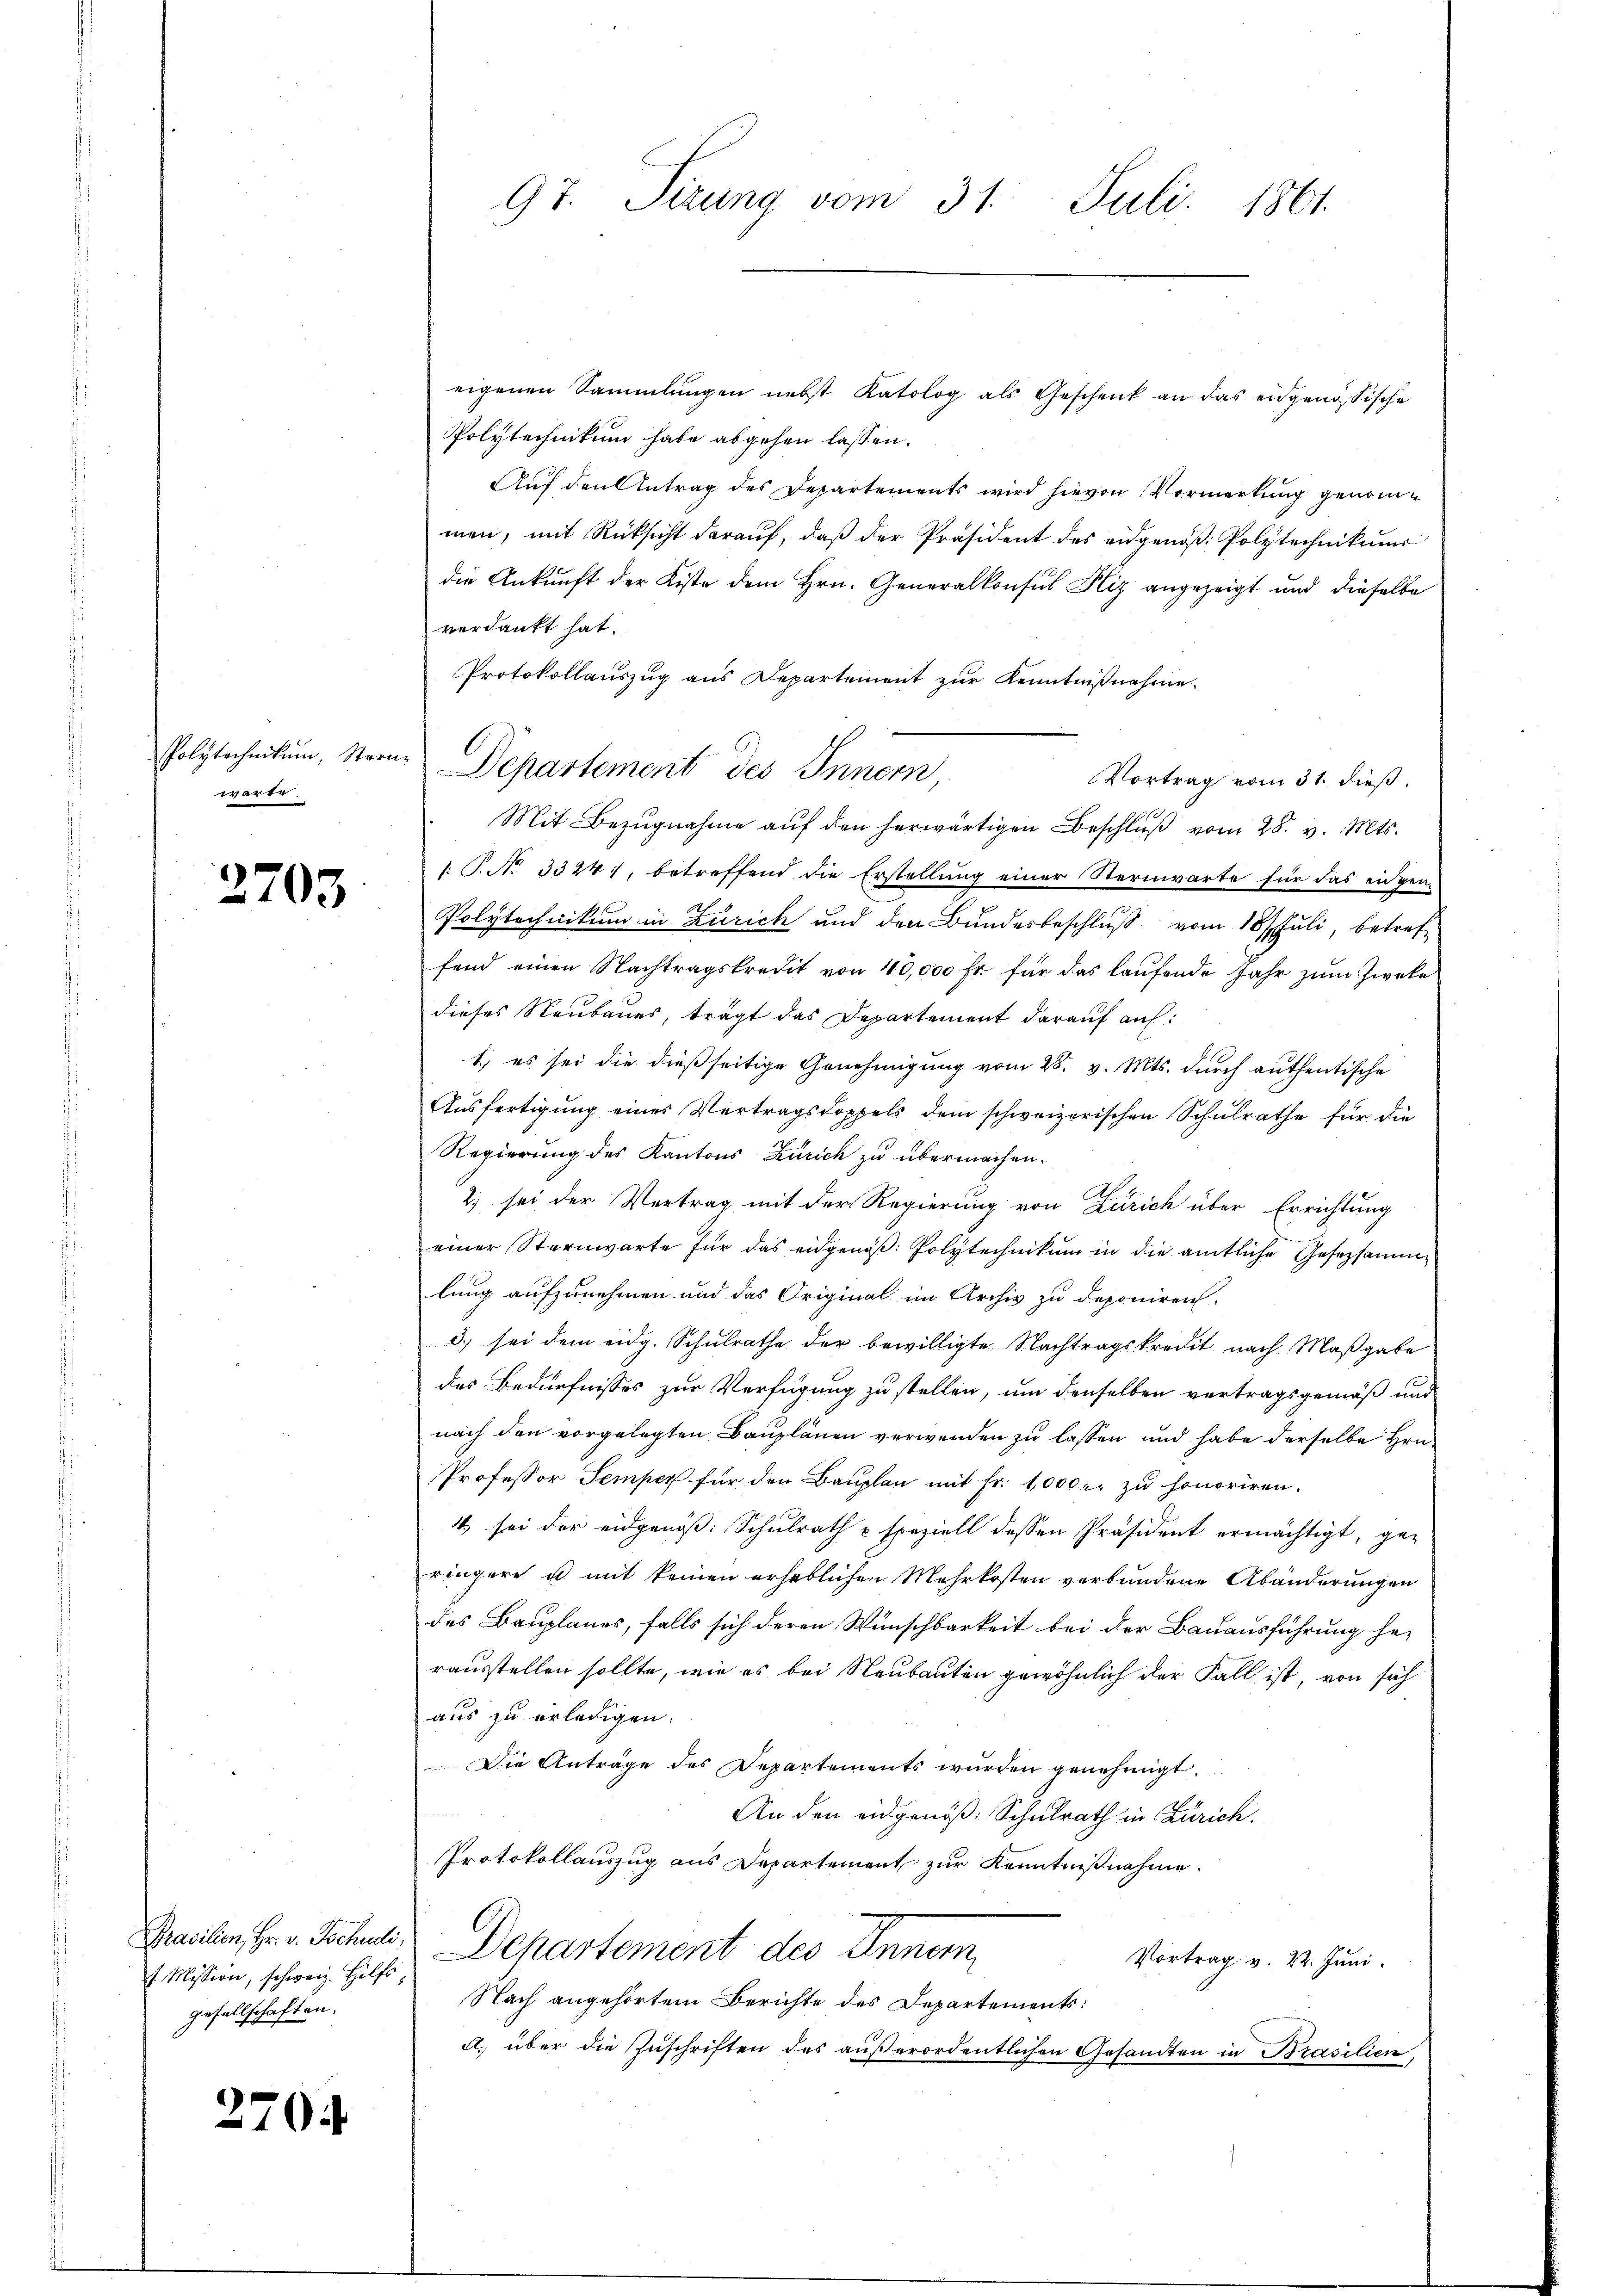
sfolgtercheidung, Ver
wärte.

2703.

Mission, schweiz. Hilfsgesellschaften.

2704

97. Sirung vom 31. Juli 1861.

eigenen Sammlungen nebst Katolog als Geschenk an das eidgenössische
Polytechnikum habe abgehen lassen.
Auf den Antrag des Departements wird hievon Vormerkung genomme
men, mit Rücksicht darauf, daß der Präsident des eidgenöß Polytechnikums
die Ankunft der Kiste dem Hrn. Generalkonsul Hiz angezeigt und dieselbe
verdankt hat.
Protokollauszug aus Departement zur Kenntnißnahme.
Vortrag vom 31. dieß.
Mit Bezŭgnahme aŭf den herwärtigen Beschlŭβ vom 28. v. Mts.
 T. No 3324), betreffend die Erstellung einer Sternwarte für das eidgen-
Polytechnikum in Zürich und den Bundesbeschluß vom 18 t Juli, betref
fend einen Nachtragskredit von 40,000 Fr. für das laufende Jahr zum Zweke
dieses Neubaues, trägt das Departement darauf auf:
1.) es sei die dießseitige Genehmigung vom 28. v. Mts. durch authentische
Ausfertigung eines Vertragsdoppels dem schweizerischen Schulrathe für die
Regierung des Kantons Zürich zu übermachen.
2) sei der Vertrag mit der Regierung von Zürich über Errichtung
einer Sternwarte für das eidgenöß: Polytechnikum in die amtliche Gesetzsammlung aufzunehmen und das Original im Archiv zu deponiren.
3.) sei dem eidg. Schulrathe der bewilligte Nachtragskredit nach Maßgabe
des Bedürfnisses zur Verfügung zu stellen, um denselben vertragsgemäß und
nach den vorgelegten Bauplänen verwenden zu lassen und habe derselbe Hrn.
Professor Semper für den Bauplan mit Fr. 1000 r. zu honoriren.
4 sei der eidgenöß: Schulrath & speziell dessen Präsident ermächtigt, ge-
ringere u mit keinen erheblichen Mehrkosten verbundene Abänderungen
des Bauplanes, falls sich deren Wünschbarkeit bei der Bauausführung her
rausstellen sollte, wie es bei Neubauten gewöhnlich der Fall ist, von sich
aus zu erledigen.
Die Anträge des Departements wurden genehmigt.
212.
An den eidgenöß: Schulrath in Zürich.
Protokollauszug aus Departement zur Kenntnißnahme.
Praulin, Hr. v. Schuli, Departement des Innern
Vortrag v. 22. Juni.
Nach angehörtem Berichte des Departements:
A. über die Zuschriften des außerordentlichen Gesandten in Brasilien,

d

Departement des Innern,